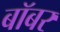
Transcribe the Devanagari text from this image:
बॉबर